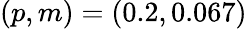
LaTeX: (p,m)=(0.2,0.067)